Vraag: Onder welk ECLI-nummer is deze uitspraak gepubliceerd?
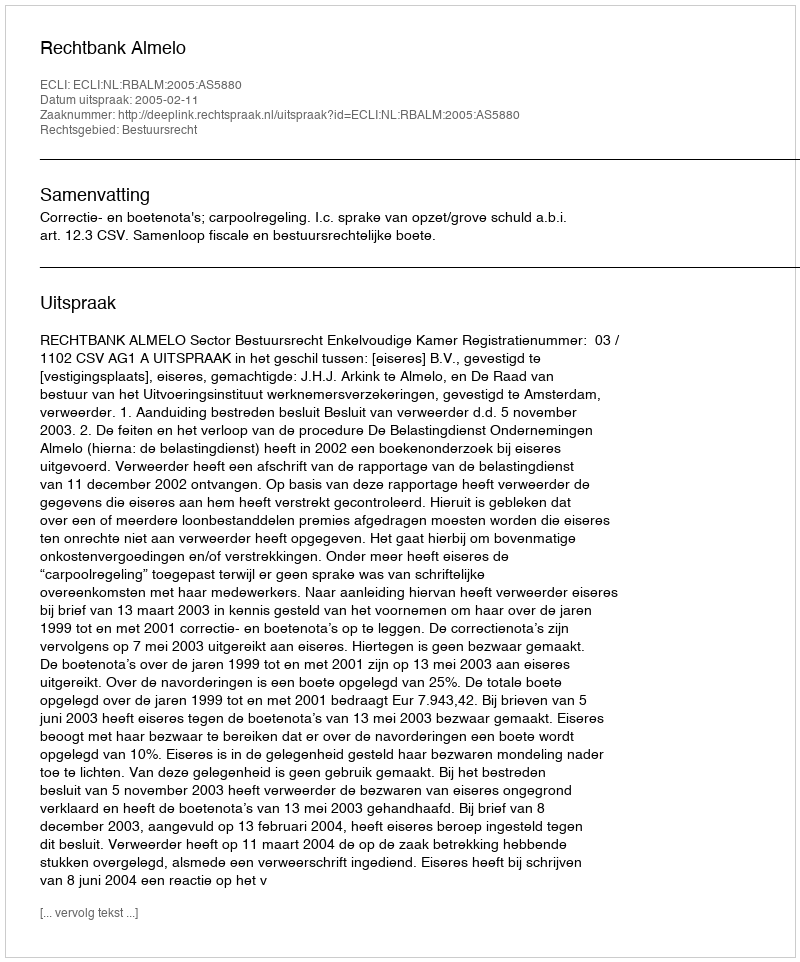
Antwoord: ECLI:NL:RBALM:2005:AS5880